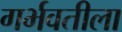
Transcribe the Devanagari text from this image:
गर्भवतीला